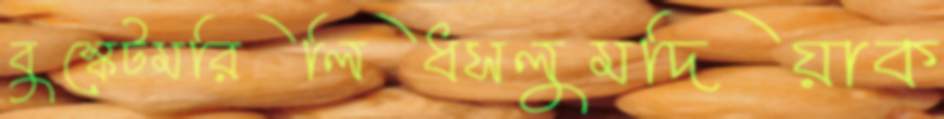
বুস্কেটমরিলিধসলুমদিয়াক